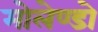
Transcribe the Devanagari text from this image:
मोलेण्डो